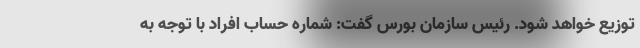
توزیع خواهد شود. رئیس سازمان بورس گفت: شماره حساب افراد با توجه به